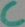
Text: C